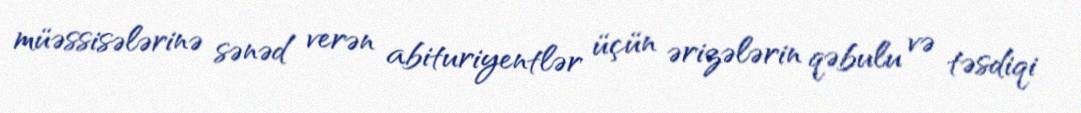
müəssisələrinə sənəd verən abituriyentlər üçün ərizələrin qəbulu və təsdiqi